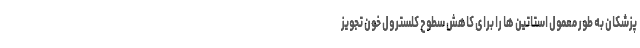
پزشکان به طور معمول استاتین ها را برای کاهش سطوح کلسترول خون تجویز